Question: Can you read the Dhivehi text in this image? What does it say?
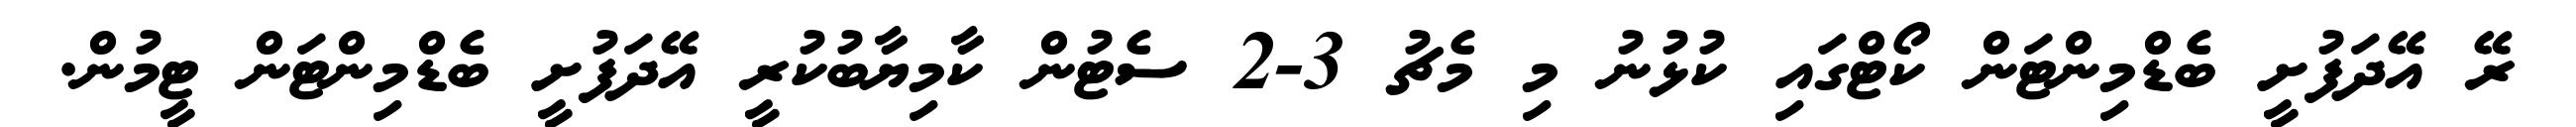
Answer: ރޭ އޭދަފުށީ ބެޑްމިންޓަން ކޯޓްގައި ކުޅުނު މި މެޗު 3-2 ސެޓުން ކާމިޔާބުކުރީ އޭދަފުށީ ބެޑްމިންޓަން ޓީމުން.